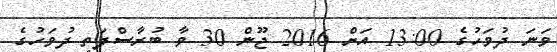
ވަނަ ދުވަހުގެ 13:00 އަށް 2016 ޖޫން 30 ވާ ބުރާސްފަތި ދުވަހުގެ